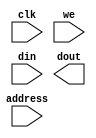
//
// Synchornous Data RAM, 12x2048
//
// Replace with your actual memory model..
//
module pram (
   clk,
   address,
   we,
   din,
   dout
);

input		clk;
input [10:0]	address;
input		we;
input [11:0]	din;
output [11:0]	dout;

// synopsys translate_off
parameter word_depth = 2048;

reg [10:0]	address_latched;

// Instantiate the memory array itself.
reg [11:0]	mem[0:word_depth-1];

// Latch address
always @(posedge clk)
   address_latched <= address;
   
// READ
assign dout = mem[address_latched];

// WRITE
always @(posedge clk)
   if (we) mem[address] <= din;

// synopsys translate_on

endmodule